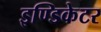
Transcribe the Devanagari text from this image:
इण्डिकेटर